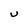
Character: u